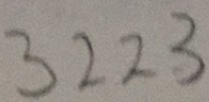
3 2 2 3